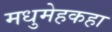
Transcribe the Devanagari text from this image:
मधुमेहकहा